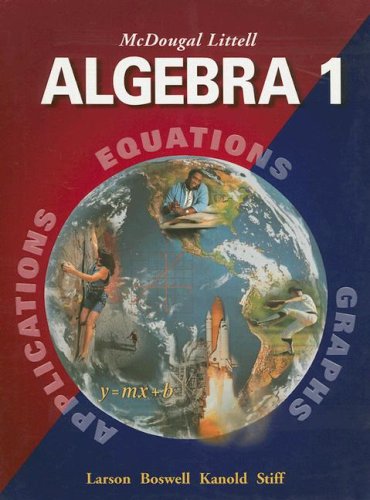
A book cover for McDougal Littell Algebra 1: Applications, Equations, & Graphs; Ron Larson; Teen & Young Adult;